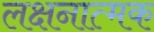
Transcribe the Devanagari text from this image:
लक्षनात्मक